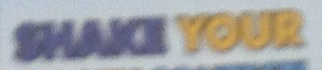
SHAKI YOUR